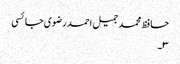
حافظ محمد جمیل احمد رضوی جائسی
۳۔